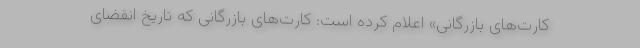
کارت‌های بازرگانی» اعلام کرده است: کارت‌های بازرگانی که تاریخ انقضای